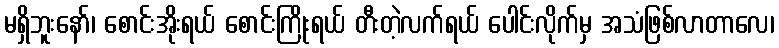
မရှိဘူးနော်၊ စောင်းအိုးရယ် စောင်းကြိုးရယ် တီးတဲ့လက်ရယ် ပေါင်းလိုက်မှ အသံဖြစ်လာတာလေ၊